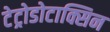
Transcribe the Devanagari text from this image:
टेट्रोडोटाक्सिन